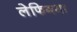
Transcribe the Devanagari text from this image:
लेफिगमा